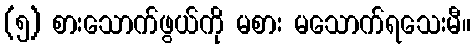
(၅) စားသောက်ဖွယ်ကို မစား မသောက်ရသေးမီ။